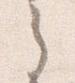
之